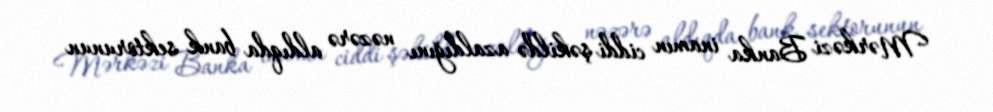
Mərkəzi Banka inamın ciddi şəkildə azaldığını nəzərə aldıqda bank sektorunun